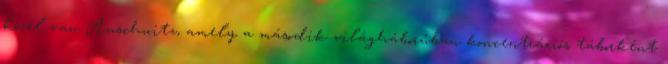
közel van Auschwitz, amely a második világháborúban koncentrációs táborként